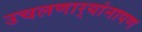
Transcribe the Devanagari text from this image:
उचलणार्‍यांनापण